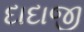
દાદાજી